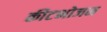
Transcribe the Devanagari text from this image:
कीटभोजन